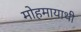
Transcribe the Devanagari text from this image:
मोहमायाथी